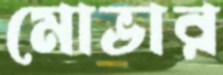
মোভার